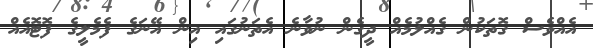
އެއްވެސް ގޮތަކުން ގެއްލުމެއް ދީގެން ނުވާނެ އެތަނުގައި އިން އޭނަގެ ފެމެލީގެ ފޮޓޮއެއް